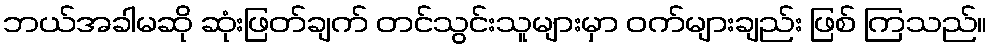
ဘယ်အခါမဆို ဆုံးဖြတ်ချက် တင်သွင်းသူများမှာ ဝက်များချည်း ဖြစ် ကြသည်။